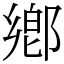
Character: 鄕